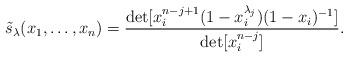
LaTeX: \begin{align*} \tilde s_\lambda (x_1,\dots, x_n)=\frac{ \det [x_i^{n-j+1}(1-x_i^{\lambda_j})(1-x_i)^{-1} ] }{ \det[x^{n-j}_i] }. \end{align*}